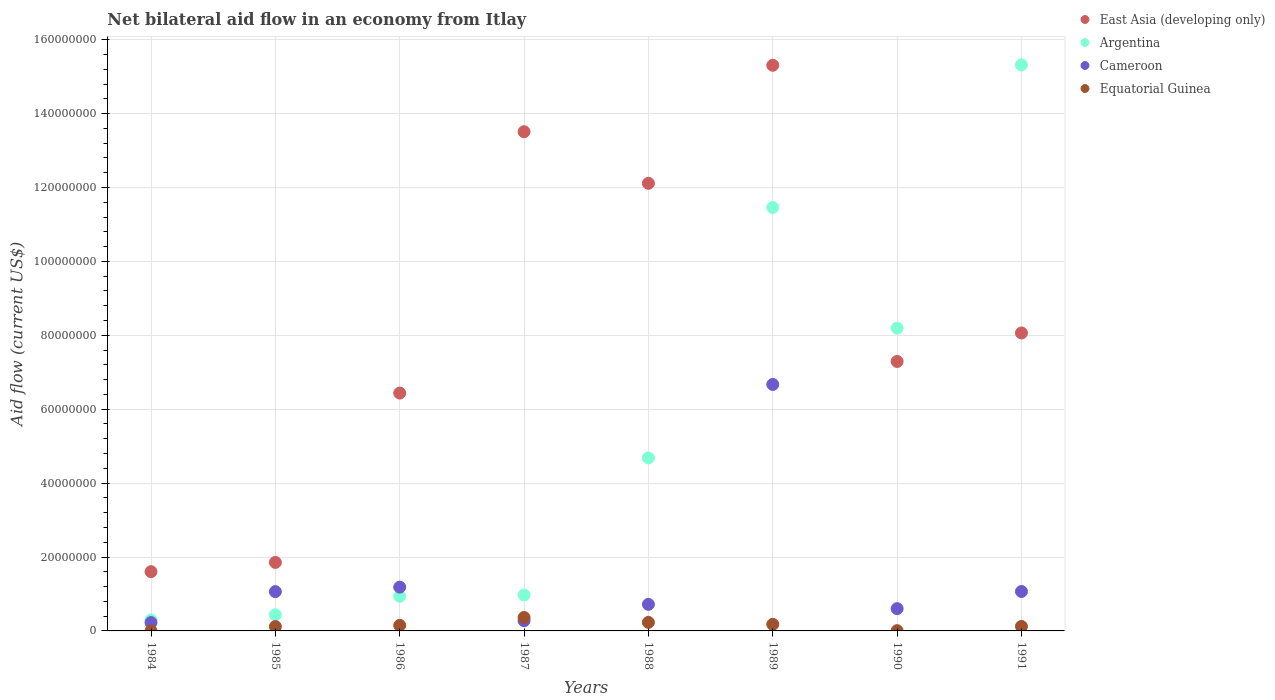
| Years | East Asia (developing only) | Argentina | Cameroon | Equatorial Guinea |
 | --- | --- | --- | --- | --- |
 | 1984 | 1.6e+07 | 2.99e+06 | 2.26e+06 | 1e+04 |
 | 1985 | 1.85e+07 | 4.38e+06 | 1.06e+07 | 1.18e+06 |
 | 1986 | 6.44e+07 | 9.37e+06 | 1.18e+07 | 1.5e+06 |
 | 1987 | 1.35e+08 | 9.73e+06 | 2.77e+06 | 3.63e+06 |
 | 1988 | 1.21e+08 | 4.68e+07 | 7.19e+06 | 2.31e+06 |
 | 1989 | 1.53e+08 | 1.15e+08 | 6.67e+07 | 1.78e+06 |
 | 1990 | 7.29e+07 | 8.19e+07 | 6.03e+06 | 7e+04 |
 | 1991 | 8.06e+07 | 1.53e+08 | 1.07e+07 | 1.22e+06 |